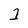
Character: 1